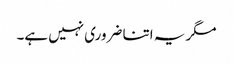
مگر یہ اتنا ضروری نہیں ہے۔